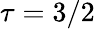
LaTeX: \tau=3/2